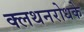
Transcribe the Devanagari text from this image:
क्लथनरोधके